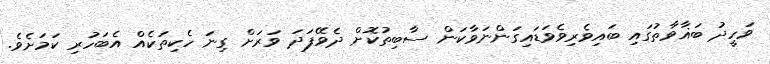
ވަހީދު ބަޣާވާތުގައި ބައިވެރިވެވަޑައިގަންނަވާކަން ސާބިތުކޮށް ދެވޭފަދަ ވަރަށް ގިނަ ހެކިތަކެއް އެބަހުރި ކަމަށެވެ.